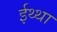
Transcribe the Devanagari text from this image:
ईथ्था